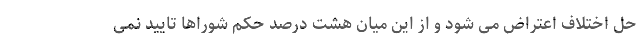
حل اختلاف اعتراض می شود و از این میان هشت درصد حکم شوراها تایید نمی